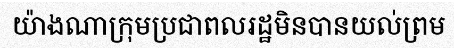
យ៉ាងណាក្រុមប្រជាពលរដ្ឋមិនបានយល់ព្រម